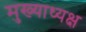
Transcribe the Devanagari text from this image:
मुख्याध्यक्ष